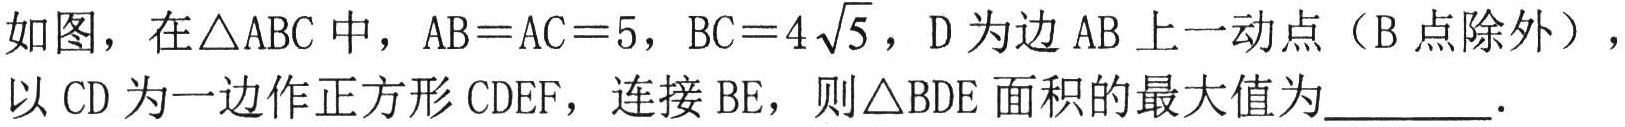
如图，在\(\triangle ABC\)中，\(AB = AC = 5\), \(BC = 4\sqrt{5}\), \(D\)为边\(AB\)上一动点（\(B\)点除外），
以\(CD\)为一边作正方形\(CDEF\)，连接\(BE\)，则\(\triangle BDE\)面积的最大值为  ．